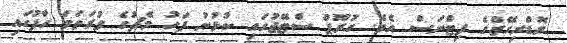
ރޮޑްރިގޭޒްގެ ފިޓްނަސް އެވެ. ގުރޫޕް ސްޓޭޖުގައި ކުޅުނު ފަހު މެޗުގެ ފުރަތަމަ ހާފުގައި